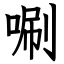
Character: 唰